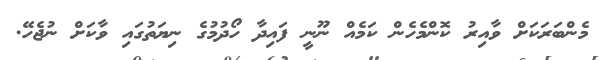
މެންބަރަކަށް ވާއިރު ކޮންމެހެން ކަމެއް ނޫނީ ފައިދާ ހޯދުމުގެ ނިޔަތުގައި ވާކަށް ނުޖެހޭ.